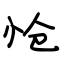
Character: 怆